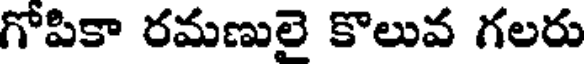
గోపికా రమణులై కొలువ గలరు